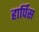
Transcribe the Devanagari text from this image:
हार्पिस